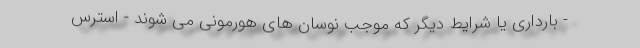
- بارداری یا شرایط دیگر که موجب نوسان های هورمونی می شوند - استرس